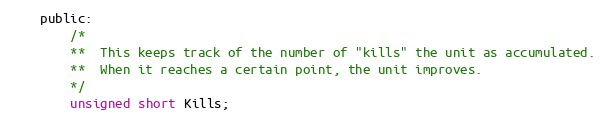
Language: C
	public:
		/*
		**	This keeps track of the number of "kills" the unit as accumulated.
		**	When it reaches a certain point, the unit improves.
		*/
		unsigned short Kills;